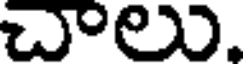
చాలు.